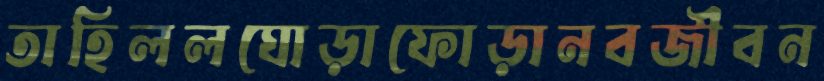
তাহিললঘোড়াফোড়ানবজীবন